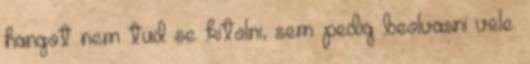
hangot nem tud se kitolni, sem pedig beolvasni vele.